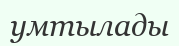
умтылады